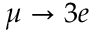
\mu \to 3 e